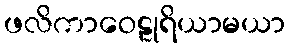
ဖလိကာဝေဠုရိယာမယာ